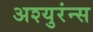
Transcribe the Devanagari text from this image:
अश्युरंन्स